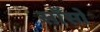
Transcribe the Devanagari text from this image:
साँसो